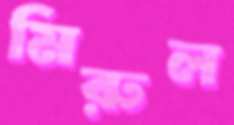
মিরুল